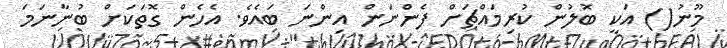
މޫނު() އަކީ ބޮލުން ކުރިމައްޗަށް ފެންނަން އިންނަ ބައެވެ. އެހެން ގޮތަކަށް ބުނާނަމަ